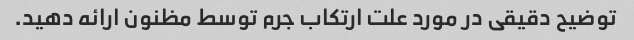
توضیح دقیقی در مورد علت ارتکاب جرم توسط مظنون ارائه دهید.